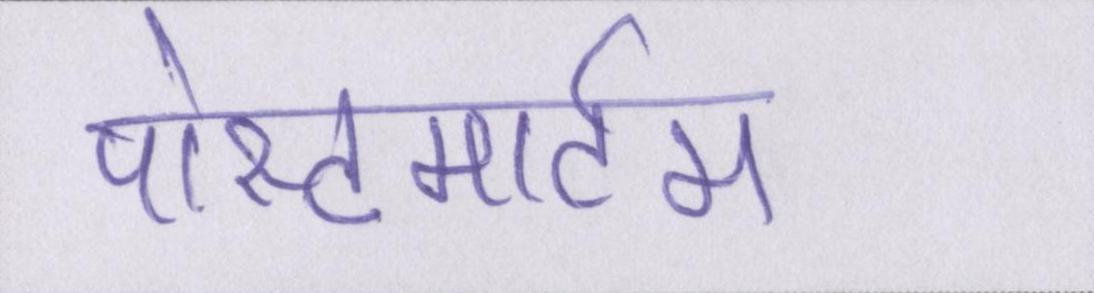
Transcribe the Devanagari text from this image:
पोस्टमार्टम